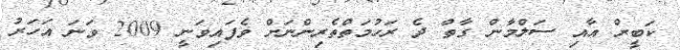
ކަބީރް އާއި ސަލްމާން ގާތް ދެ ރަހުމަތްތެރިންނަށް ވެފައިވަނީ 2009 ވަަނަ އަހަރު